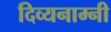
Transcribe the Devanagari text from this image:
दिव्यनाम्नी